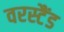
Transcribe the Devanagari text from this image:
वरस्टैंड